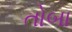
તોબા